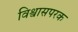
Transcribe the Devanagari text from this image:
विश्वासपरक